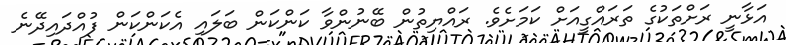
އަޅާނީ ރަށްތަަކުގެ ތަރައްގީއަށް ކަމަށެވެ. ރައްޔިތުން ބޭނުންވާ ކަންކަން ބަލައި އެކަންކަން ފުއްދައިދޭނެ